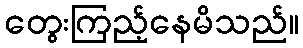
တွေးကြည့်နေမိသည်။